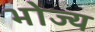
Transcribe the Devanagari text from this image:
भोज्‍य